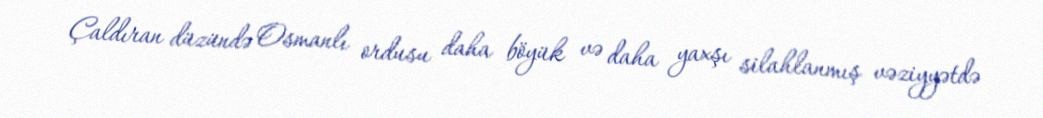
Çaldıran düzündə Osmanlı ordusu daha böyük və daha yaxşı silahlanmış vəziyyətdə